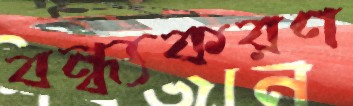
বন্ধ্যকরণ